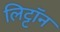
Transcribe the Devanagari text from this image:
लिट्टॉन